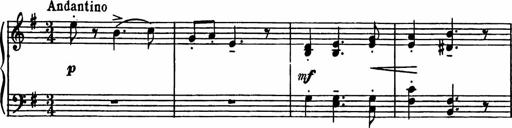
Title: Sonatilla
Composer: Mortimer Wilson
Key: C major